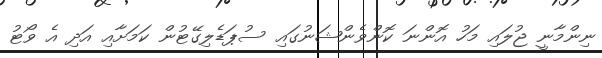
ނިންމާނީ ޖުލައި މަހު އޮންނަ ކޮންވެންޝަނުގައި ސުޕަޑެލިގޭޓުން ކަމަށާއި އަދި އެ ވޯޓު